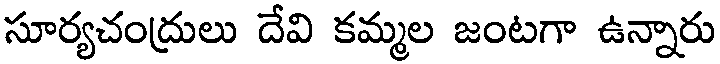
సూర్యచంద్రులు దేవి కమ్మల జంటగా ఉన్నారు